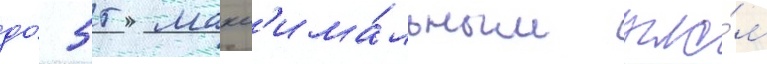
до́ 55 макс'има́льным угло́м